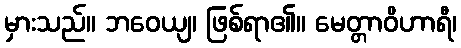
မှားသည်။ ဘဝေယျ၊ ဖြစ်ရာ၏။ မေတ္တာဝိဟာရီ၊